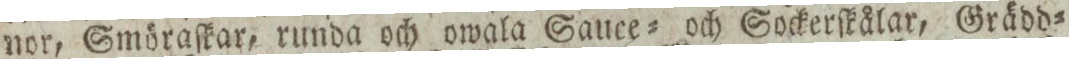
nor, Smöraſkar, runda och owala Sauce= och Sockerſkålar, Grädd=